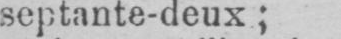
septante-deux;